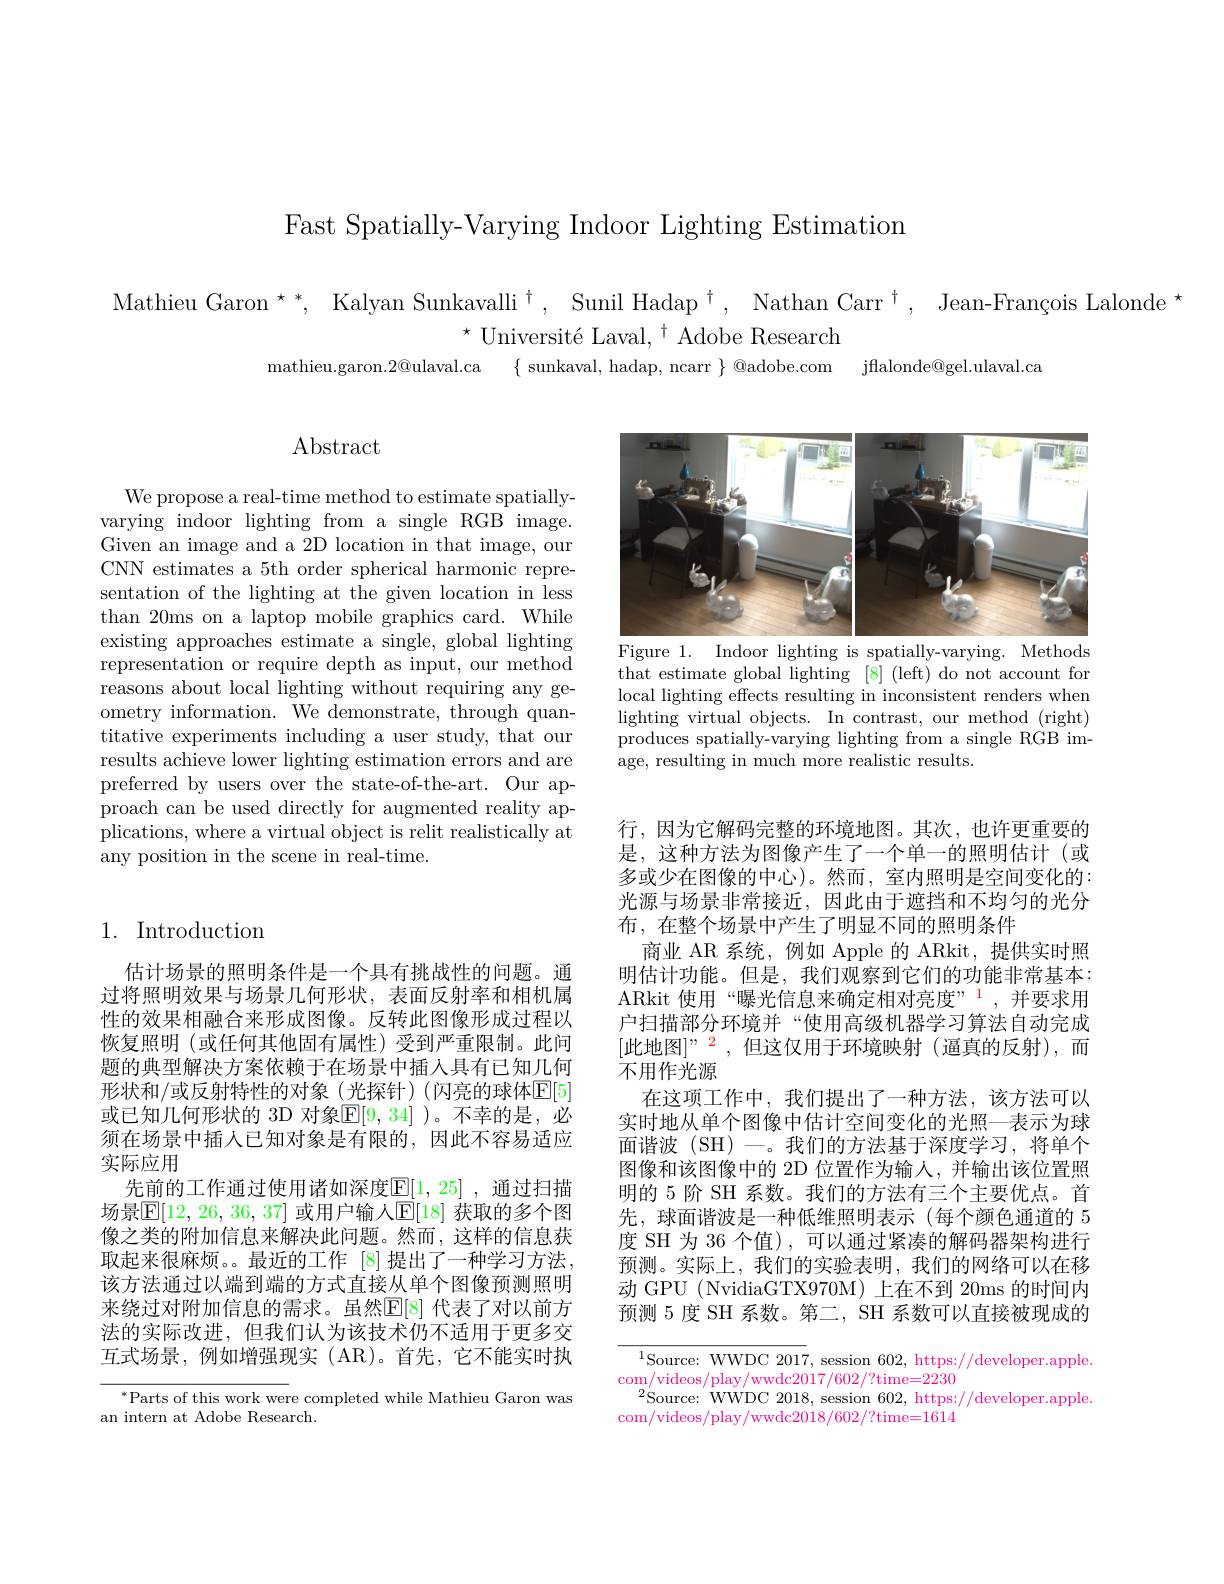
Fast Spatially-Varying Indoor Lighting Estimation

Mathieu Garon$^\star * $, Kalyan Sunkavalli$^\dagger $, Sunil Hadap$^\dagger $, $\text{Nathan Carr}^\dagger $, Jean-François Lalonde$^\star$
$^{\star}{\mathrm{~Universit\'{e}Laval,~}^{\dagger}}{\mathrm{~Adobe~Research}}$
mathieu.garon.2@ulaval.ca $\{$ sunkaval, hadap, ncarr $\}$ @adobe.com jflalonde@gel.ulaval.ca

# $\operatorname{Abstract}$

We propose a real-time method to estimate spatiallyvarying indoor lighting from a single RGB image. Given an image and a 2D location in that image, our CNN estimates a 5th order spherical harmonic representation of the lighting at the given location in less than 20ms on a laptop mobile graphics card. While existing approaches estimate a single, global lighting representation or require depth as input, our method reasons about local lighting without requiring any geometry information. We demonstrate, through quantitative experiments including a user study, that our results achieve lower lighting estimation errors and are preferred by users over the state-of-the-art. Our approach can be used directly for augmented reality applications, where a virtual object is relit realistically at any position in the scene in real-time.

## 1. Introduction

估计场景的照明条件是一个具有挑战性的问题。通过将照明效果与场景几何形状，表面反射率和相机属性的效果相融合来形成图像。反转此图像形成过程以恢复照明 (或任何其他固有属性)受到严重限制。此间题的典型解决方案依赖于在场景中插入具有已知几何形状和/或反射特性的对象(光探针)(闪亮的球体$\mathbb{E}[5]$ 或已知几何形状的 3D 对象$\mathbb{E}[9,34]$ )。不幸的是，必须在场景中插人已知对象是有限的，因此不容易适应实际应用
先前的工作通过使用诸如深度$\mathbb{E}[1,25]$ ,通过扫描场景$\overline{\mathbb{E}}[12,26,36,37]$ 或用户输人$\underline{\mathbb{E}}[18]$ 获取的多个图像之类的附加信息来解决此问题。然而，这样的信息获取起来很麻烦。。最近的工作[8]提出了一种学习方法， 该方法通过以端到端的方式直接从单个图像预测照明来绕过对附加信息的需求。虽然$\mathbb{E}[8]$ 代表了对以前方法的实际改进，但我们认为该技术仍不适用于更多交互式场景，例如增强现实(AR)。首先，它不能实时执

$^*$Parts of this work were completed while Mathieu Garon was
an intern at Adobe Research.

<FigureHere>
Figure 1. Indoor lighting is spatially-varying. Methods

that estimate global lighting [8] (left) do not account for local lighting effects resulting in inconsistent renders when lighting virtual objects. In contrast, our method (right) produces spatially-varying lighting from a single RGB image, resulting in much more realistic results.

行，因为它解码完整的环境地图。其次，也许更重要的是，这种方法为图像产生了一个单一的照明估计(或多或少在图像的中心)。然而，室内照明是空间变化的： 光源与场景非常接近，因此由于遮挡和不均匀的光分布，在整个场景中产生了明显不同的照明条件
商业 AR 系统，例如 Apple 的 ARkit, 提供实时照明估计功能。但是，我们观察到它们的功能非常基本： ARkit 使用“曝光信息来确定相对亮度”,并要求用户扫描部分环境并“使用高级机器学习算法自动完成[此地图$]^\mathrm{"~2~,~}$但这仅用于环境映射(逼真的反射),而不用作光源
在这项工作中，我们提出了一种方法，该方法可以实时地从单个图像中估计空间变化的光照—表示为球面谐波 (SH) 一。我们的方法基于深度学习，将单个图像和该图像中的 2D 位置作为输人，并输出该位置照明的 5 阶 SH 系数。我们的方法有三个主要优点。首先，球面谐波是一种低维照明表示(每个颜色通道的 5度 SH 为 36 个值), 可以通过紧凑的解码器架构进行预测。实际上，我们的实验表明，我们的网络可以在移动 GPU (NvidiaGTX970M) 上在不到 20ms 的时间内预测 5 度 SH 系数。第二，SH 系数可以直接被现成的

$^{1}$Source: WWDC 2017, session 602, https://developer.apple.
com/ videos/ play/ wwdc2017/ 602/ ? time= 2230
$^{2}$Source: WWDC 2018, session 602, https://developer.apple.
com/videos/play/wwdc2018/602/?time=1614